65_HS1-834228961_62-HQ-83894_Section_8
Agency: FBI
Page 113
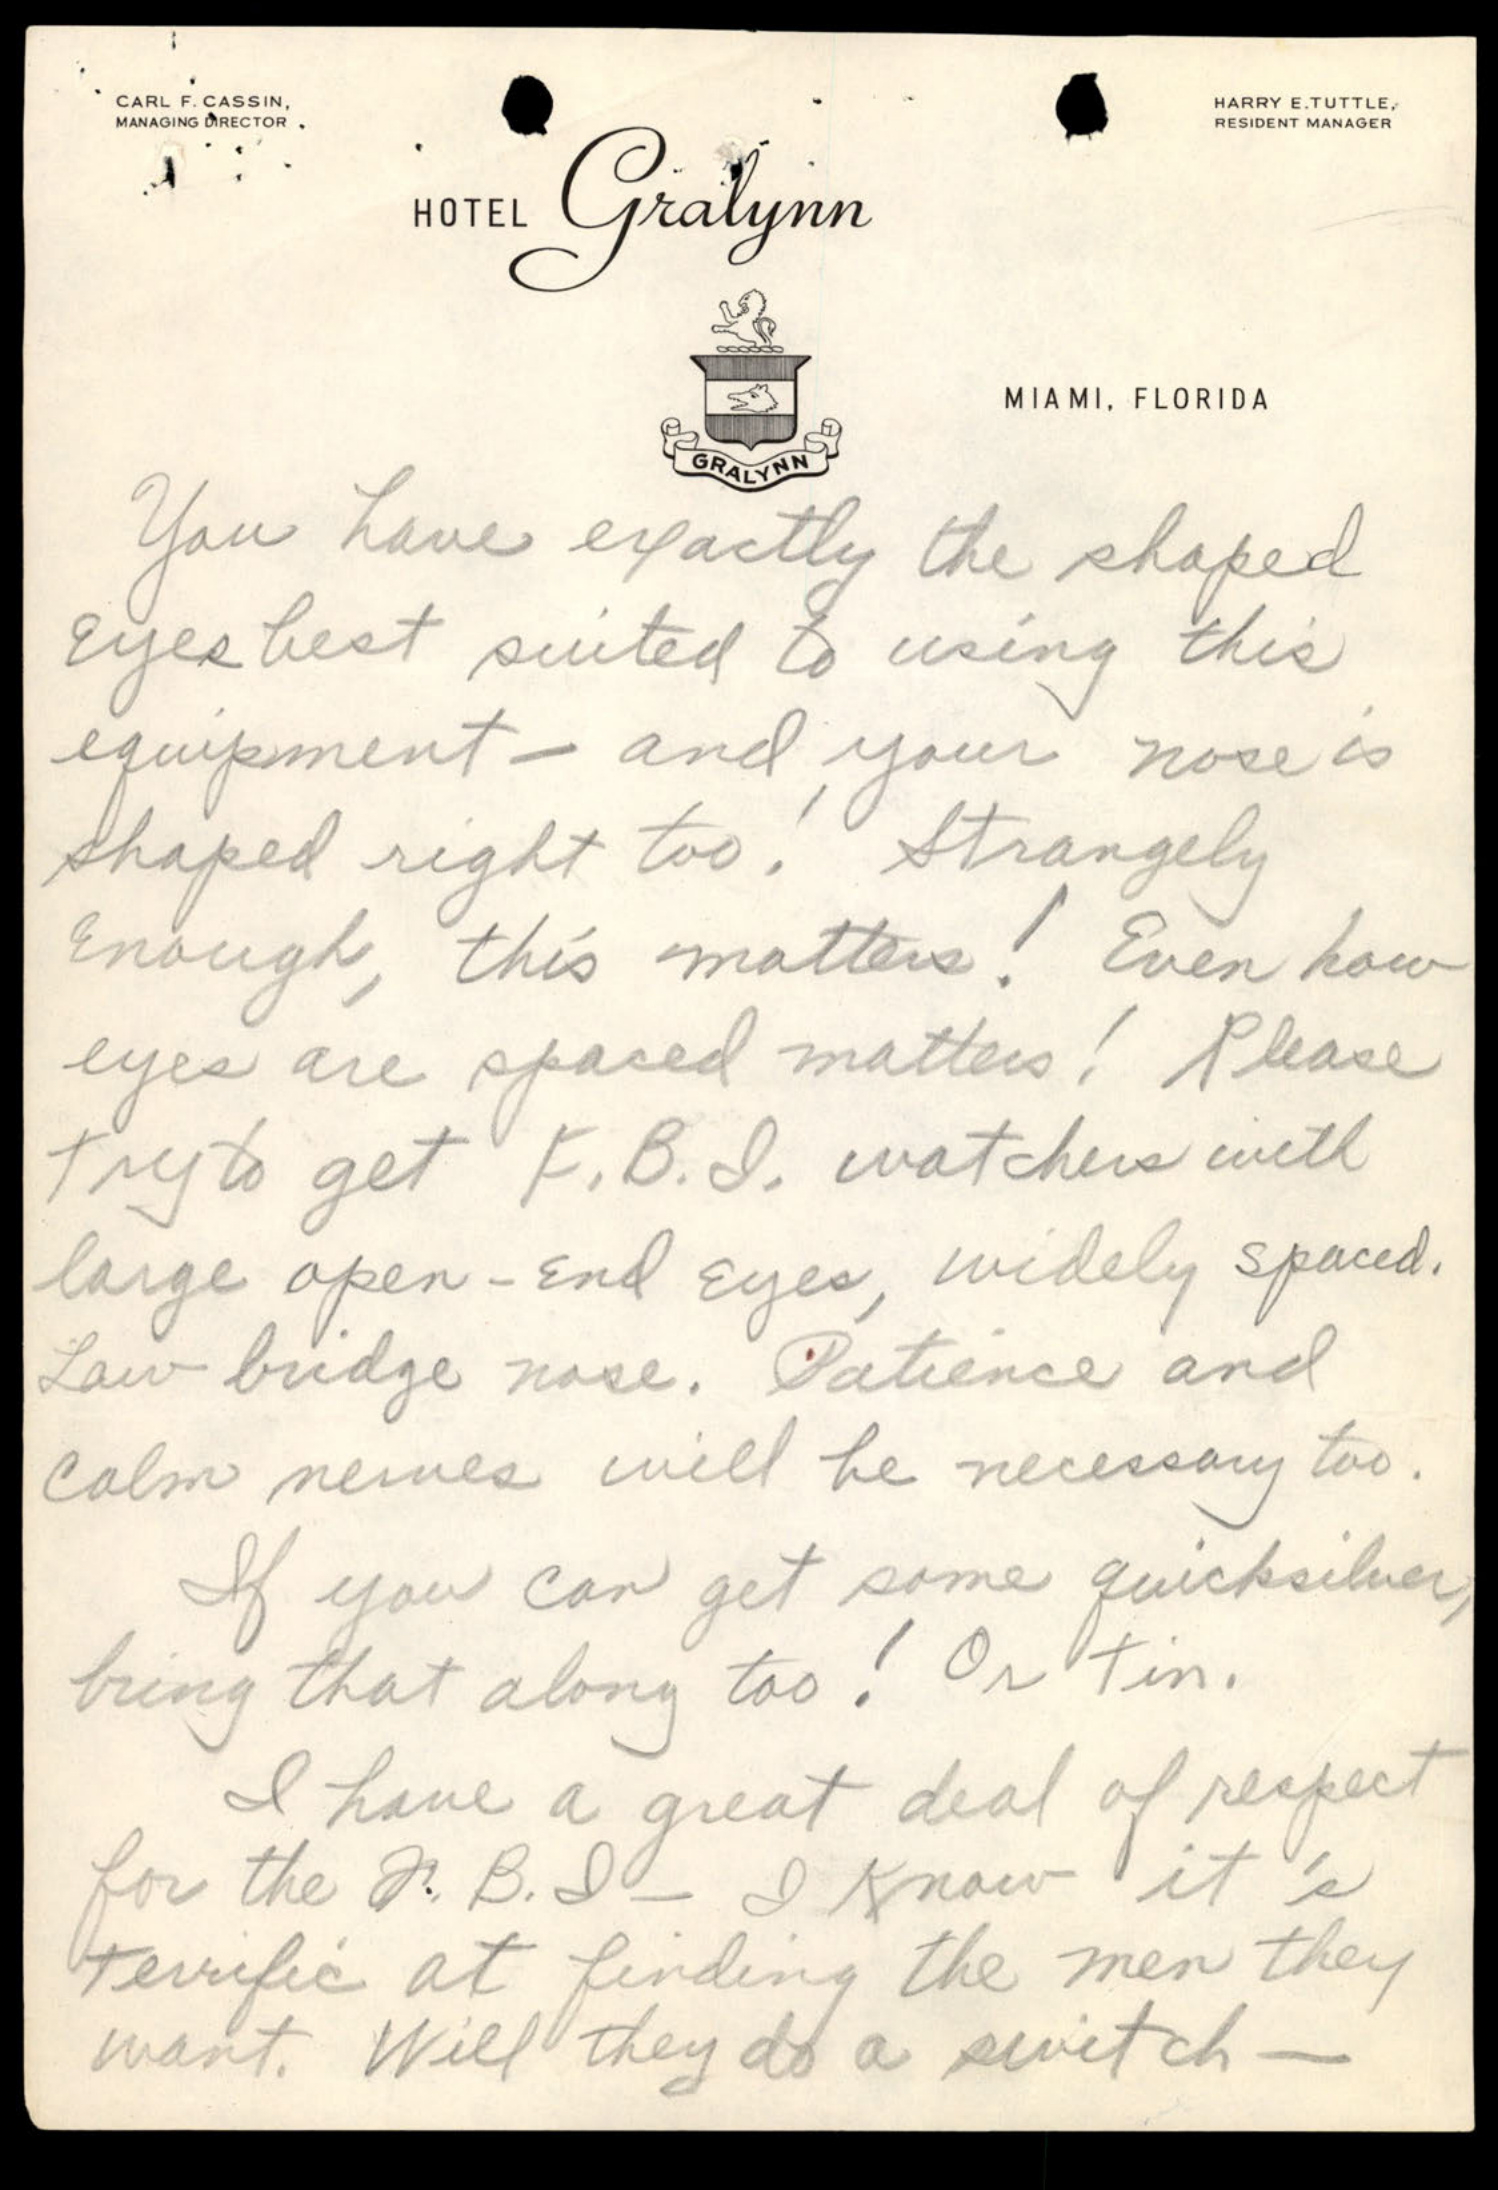